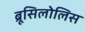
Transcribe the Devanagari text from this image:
ब्रूसिलोलिस